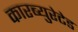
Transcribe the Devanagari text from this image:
कारब्युरेटेड